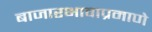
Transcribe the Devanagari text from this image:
बाजारभावाप्रमाणे